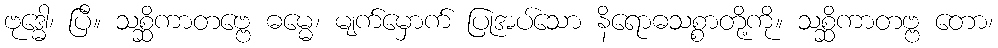
ဗုဒ္ဓေါ၊ ပြီ။ သစ္ဆိကာတဗ္ဗေ ဓမ္မေ၊ မျက်မှောက် ပြုအပ်သော နိရောဓသစ္စာတို့ကို။ သစ္ဆိကာတဗ္ဗ တော၊